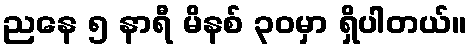
ညနေ ၅ နာရီ မိနစ် ၃၀မှာ ရှိပါတယ်။